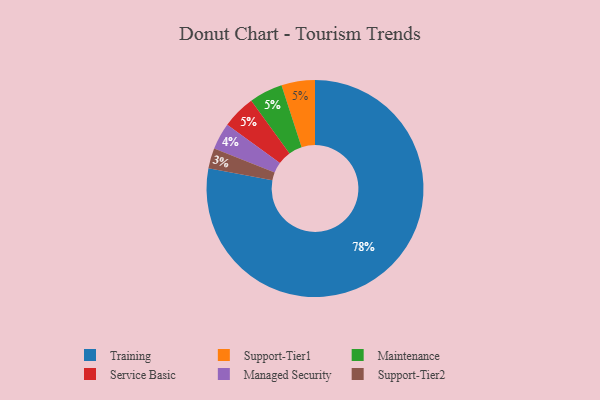
{"axis": {"x": "Category", "y": "Percentage"}, "legend": ["Maintenance", "Managed Security", "Service Basic", "Support-Tier1", "Support-Tier2", "Training"], "data": [{"x": "Support-Tier1", "y": 5, "type": "Support-Tier1"}, {"x": "Managed Security", "y": 4, "type": "Managed Security"}, {"x": "Training", "y": 78, "type": "Training"}, {"x": "Maintenance", "y": 5, "type": "Maintenance"}, {"x": "Service Basic", "y": 5, "type": "Service Basic"}, {"x": "Support-Tier2", "y": 3, "type": "Support-Tier2"}]}